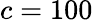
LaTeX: c=100